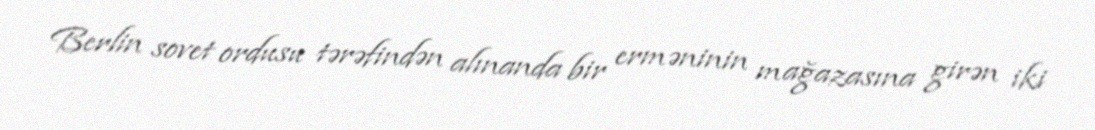
Berlin sovet ordusu tərəfindən alınanda bir erməninin mağazasına girən iki